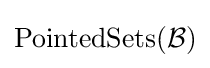
\operatorname {PointedSets} ({\mathcal {B}})